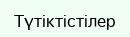
Түтіктістілер